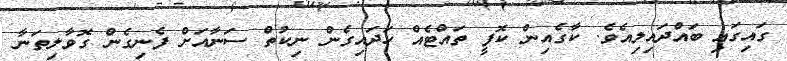
ގައިގައި ބައްދައިލިއެވެ. ކާގެއިން ކޮފީ ތައްޓެއް ހަދައިގެން ނިކުތް ސަނާއަށް ފެނިގެން ގޮވާލިތަނާ